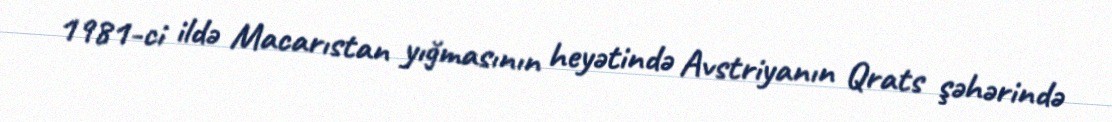
1981-ci ildə Macarıstan yığmasının heyətində Avstriyanın Qrats şəhərində